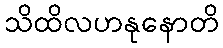
သိထိလဟနုနောတိ